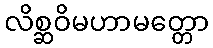
လိစ္ဆဝိမဟာမတ္တော